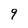
Character: 9